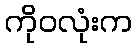
ကိုဝလုံးက